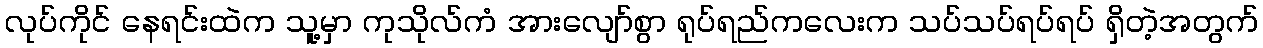
လုပ်ကိုင် နေရင်းထဲက သူ့မှာ ကုသိုလ်ကံ အားလျော်စွာ ရုပ်ရည်ကလေးက သပ်သပ်ရပ်ရပ် ရှိတဲ့အတွက်